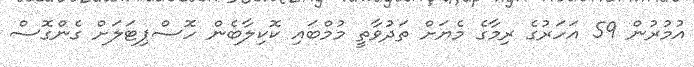
އުމުރުން 59 އަހަރުގެ ރިމާގެ މެޔަށް ތަދުވާތީ މުމްބައި ކޮކިލާބެން ހޮސްޕިޓަލަށް ގެންގޮސް